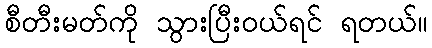
စီတီးမတ်ကို သွားပြီးဝယ်ရင် ရတယ်။